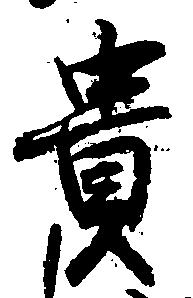
貴